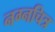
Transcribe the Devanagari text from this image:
नग्नचित्र